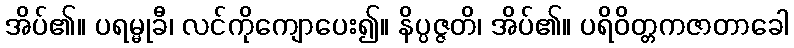
အိပ်၏။ ပရမ္မုခီ၊ လင်ကိုကျောပေး၍။ နိပ္ပဇ္ဇတိ၊ အိပ်၏။ ပရိဝိတ္တကဇာတာခေါ